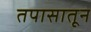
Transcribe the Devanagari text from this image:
तपासातून